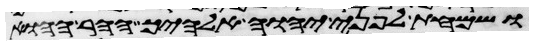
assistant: ושמחת לפני יהוה אלהיך ההר ההוא